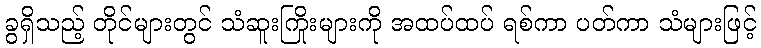
ခွရှိသည့် တိုင်များတွင် သံဆူးကြိုးများကို အထပ်ထပ် ရစ်ကာ ပတ်ကာ သံများဖြင့်